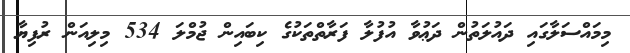
މިމައްސަލާގައި ދައުލަތުން ދަޢުވާ އުފުލާ ފަރާތްތަކުގެ ކިބައިން ޖުމްލަ 534 މިލިއަން ރުފިޔާ